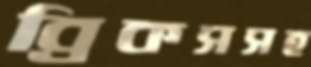
ব্রিকসসহ